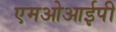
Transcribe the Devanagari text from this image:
एमओआईपी